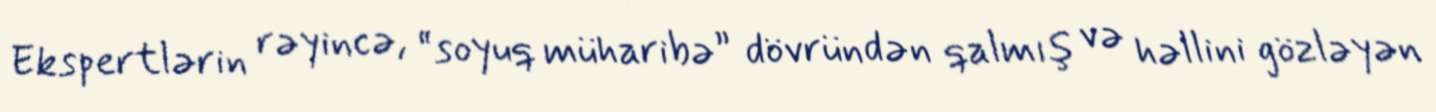
Ekspertlərin rəyincə, “soyuq müharibə” dövründən qalmış və həllini gözləyən